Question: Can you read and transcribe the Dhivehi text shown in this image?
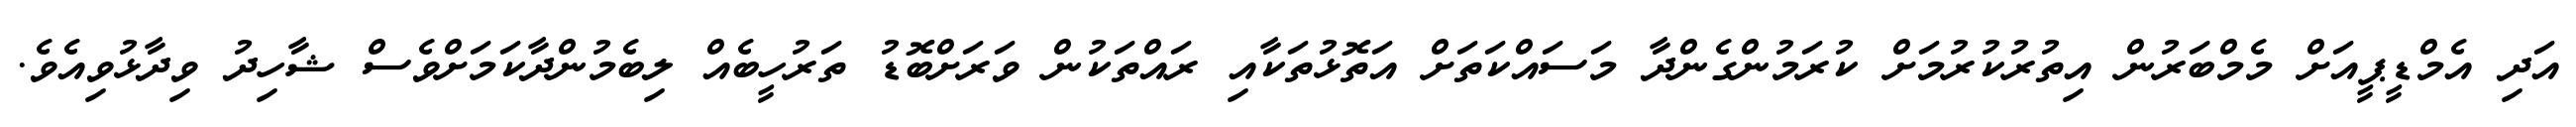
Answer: އަދި އެމްޑީޕީއަށް މެމްބަރުން އިތުރުކުރުމަށް ކުރަމުންގެންދާ މަސައްކަތަށް އަތޮޅުތަކާއި ރައްތަކުން ވަރަށްބޮޑު ތަރުހީބެއް ލިބެމުންދާކަމަށްވެސް ޝާހިދު ވިދާޅުވިއެވެ.